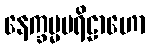
နေက္ခမ္မပရိဠာဟော